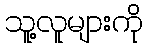
သူ့လူများကို